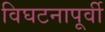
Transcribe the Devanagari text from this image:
विघटनापूर्वी